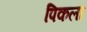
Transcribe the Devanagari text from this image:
पिकला